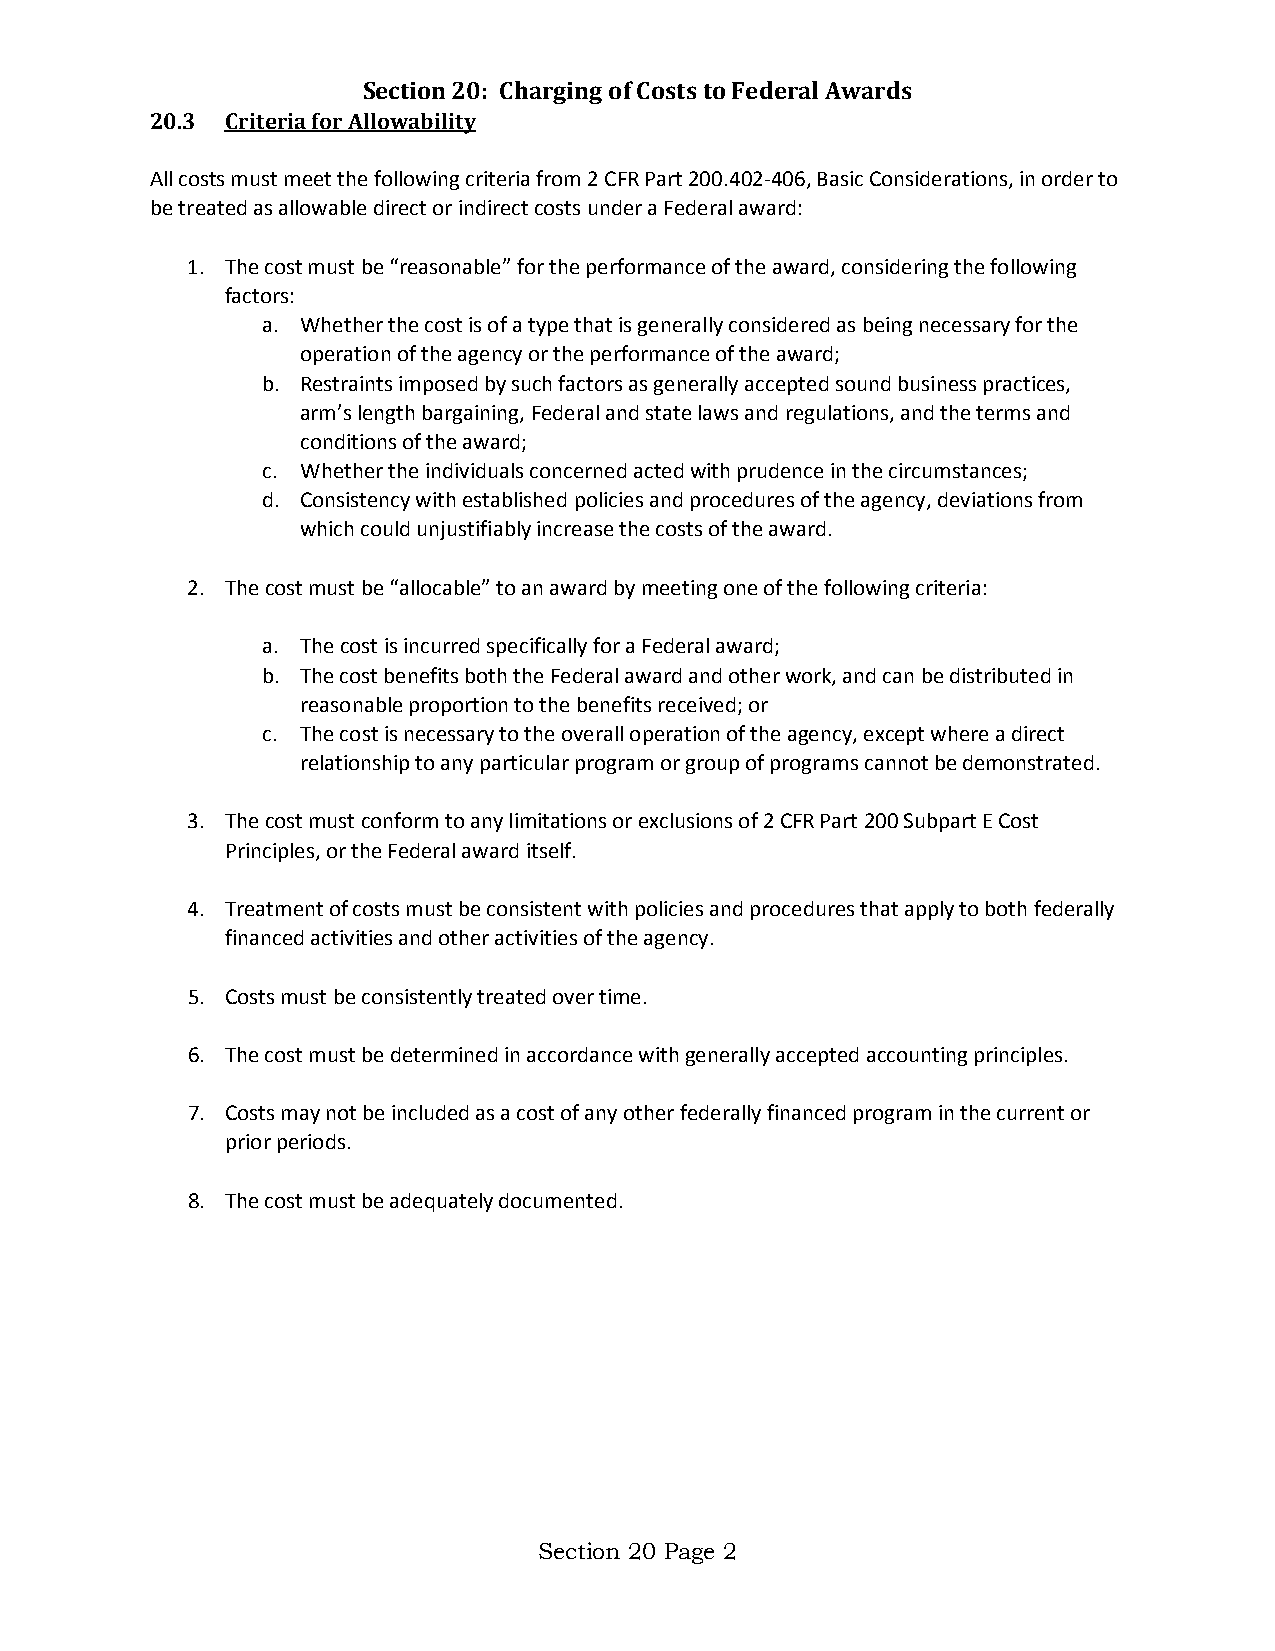
Section 20: Charging of Costs to Federal Awards
 20.3 Criteria for Allowability
 All costs must meet the following criteria from 2 CFR Part 200.402-406, Basic Considerations, in order to
 be treated as allowable direct or indirect costs under a Federal award:
 1. The cost must be “reasonable” for the performance of the award, considering the following
 factors:
 a. Whether the cost is of a type that is generally considered as being necessary for the
 operation of the agency or the performance of the award;
 b. Restraints imposed by such factors as generally accepted sound business practices,
 arm’s length bargaining, Federal and state laws and regulations, and the terms and
 conditions of the award;
 c. Whether the individuals concerned acted with prudence in the circumstances;
 d. Consistency with established policies and procedures of the agency, deviations from
 which could unjustifiably increase the costs of the award.
 2. The cost must be “allocable” to an award by meeting one of the following criteria:
 a. The cost is incurred specifically for a Federal award;
 b. The cost benefits both the Federal award and other work, and can be distributed in
 reasonable proportion to the benefits received; or
 c. The cost is necessary to the overall operation of the agency, except where a direct
 relationship to any particular program or group of programs cannot be demonstrated.
 3. The cost must conform to any limitations or exclusions of 2 CFR Part 200 Subpart E Cost
 Principles, or the Federal award itself.
 4. Treatment of costs must be consistent with policies and procedures that apply to both federally
 financed activities and other activities of the agency.
 5. Costs must be consistently treated over time.
 6. The cost must be determined in accordance with generally accepted accounting principles.
 7. Costs may not be included as a cost of any other federally financed program in the current or
 prior periods.
 8. The cost must be adequately documented.
 Section 20 Page 2